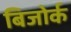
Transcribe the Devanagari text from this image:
बिजोर्क